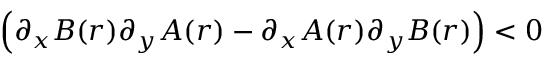
\left( \partial _ { x } B ( r ) \partial _ { y } A ( r ) - \partial _ { x } A ( r ) \partial _ { y } B ( r ) \right) < 0